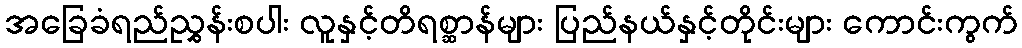
အခြေခံရည်ညွှန်းစပါး လူနှင့်တိရစ္ဆာန်များ ပြည်နယ်နှင့်တိုင်းများ ကောင်းကွက်